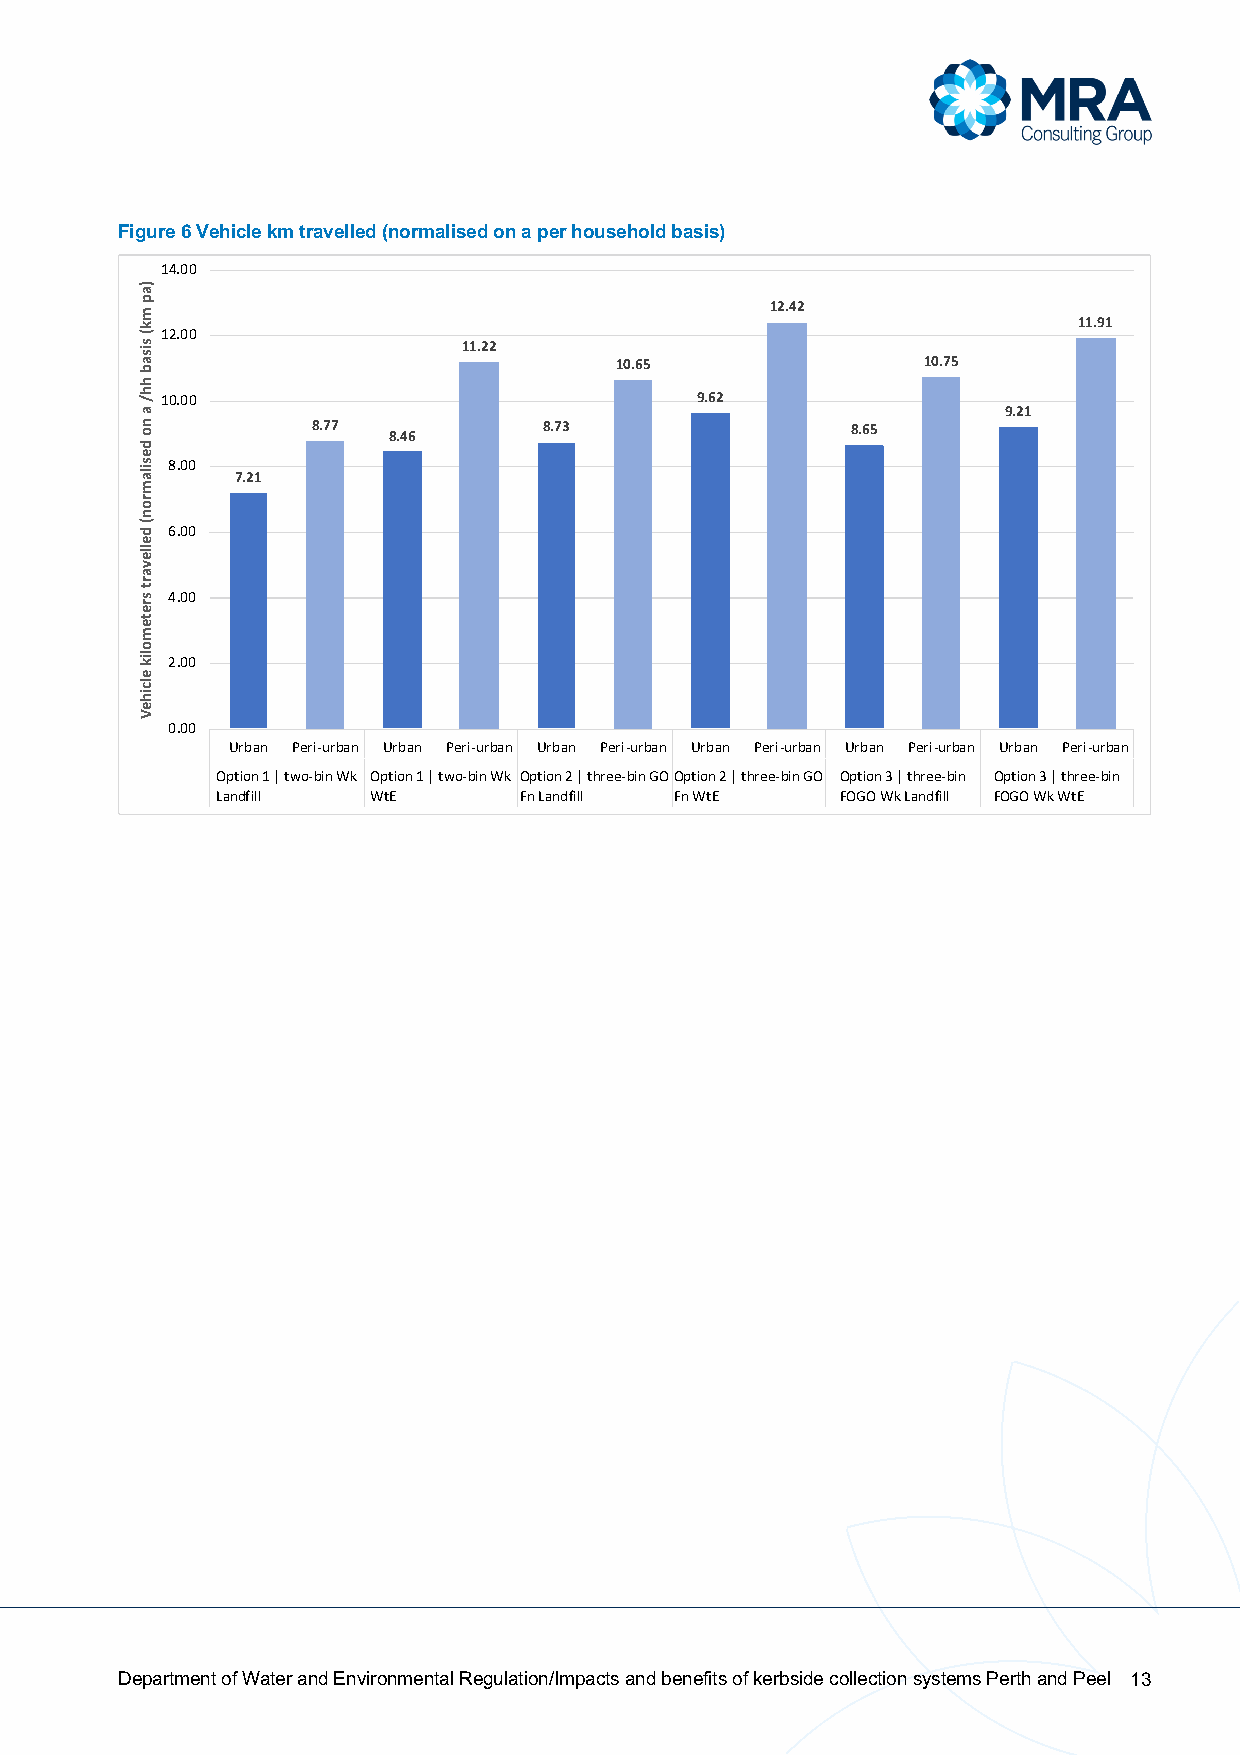
Figure 6 Vehicle km travelled (normalised on a per household basis)
 14.00
 12.42
 11.91
 12.00
 11.22
 10.65               10.75
 10.00                              9.62
 9.21
 8.77           8.73                8.65
 8.46
 8.00
 7.21
 6.00
 4.00
 2.00
 0.00
 Urban Peri-urban Urban Peri-urban Urban Peri-urban Urban Peri-urban Urban Peri-urban Urban Peri-urban
 Option 1 | two-bin Wk Option 1 | two-bin Wk Option 2 | three-bin GOOption 2 | three-bin GO Option 3 | three-bin Option 3 | three-bin
 Landfill   WtE      Fn Landfill Fn WtE    FOGO Wk Landfill FOGO Wk WtE
 Department of Water and Environmental Regulation/Impacts and benefits of kerbside collection systems Perth and Peel 13
 )ap
 mk(
 sisab
 hh/
 a
 no
 desilamron(
 dellevart
 sretemolik
 elciheV